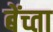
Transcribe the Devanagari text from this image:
बेंच्ता